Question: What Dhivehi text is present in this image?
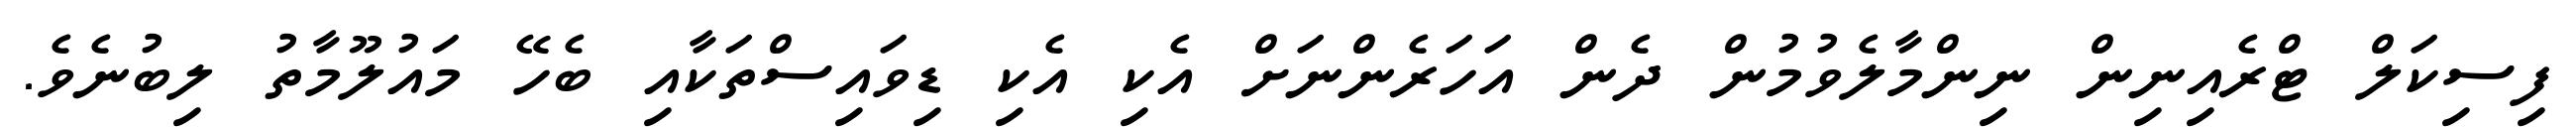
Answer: ފިސިކަލް ޓްރެއިނިން ނިންމާލެވުމުން ދެން އަހަރެންނަށް އެކި އެކި ޑިވައިސްތަކާއި ބެހޭ މައުލޫމާތު ލިބުނެވެ.